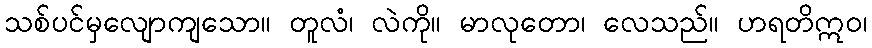
သစ်ပင်မှလျောကျသော။ တူလံ၊ လဲကို။ မာလုတော၊ လေသည်။ ဟရတိဣဝ၊